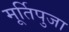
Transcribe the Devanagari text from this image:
मूर्तिपुजा